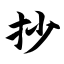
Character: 抄